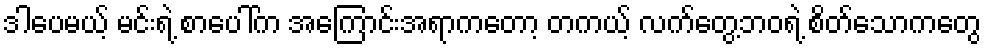
ဒါပေမယ့် မင်းရဲ့ စာပေါ်က အကြောင်းအရာကတော့ တကယ့် လက်တွေ့ဘဝရဲ့ စိတ်သောကတွေ